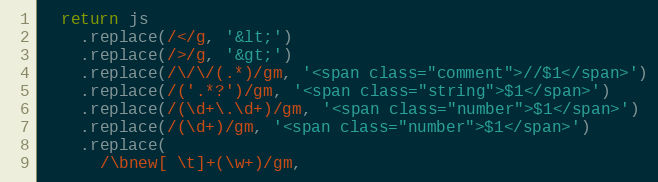
Language: JavaScript
  return js
    .replace(/</g, '&lt;')
    .replace(/>/g, '&gt;')
    .replace(/\/\/(.*)/gm, '<span class="comment">//$1</span>')
    .replace(/('.*?')/gm, '<span class="string">$1</span>')
    .replace(/(\d+\.\d+)/gm, '<span class="number">$1</span>')
    .replace(/(\d+)/gm, '<span class="number">$1</span>')
    .replace(
      /\bnew[ \t]+(\w+)/gm,